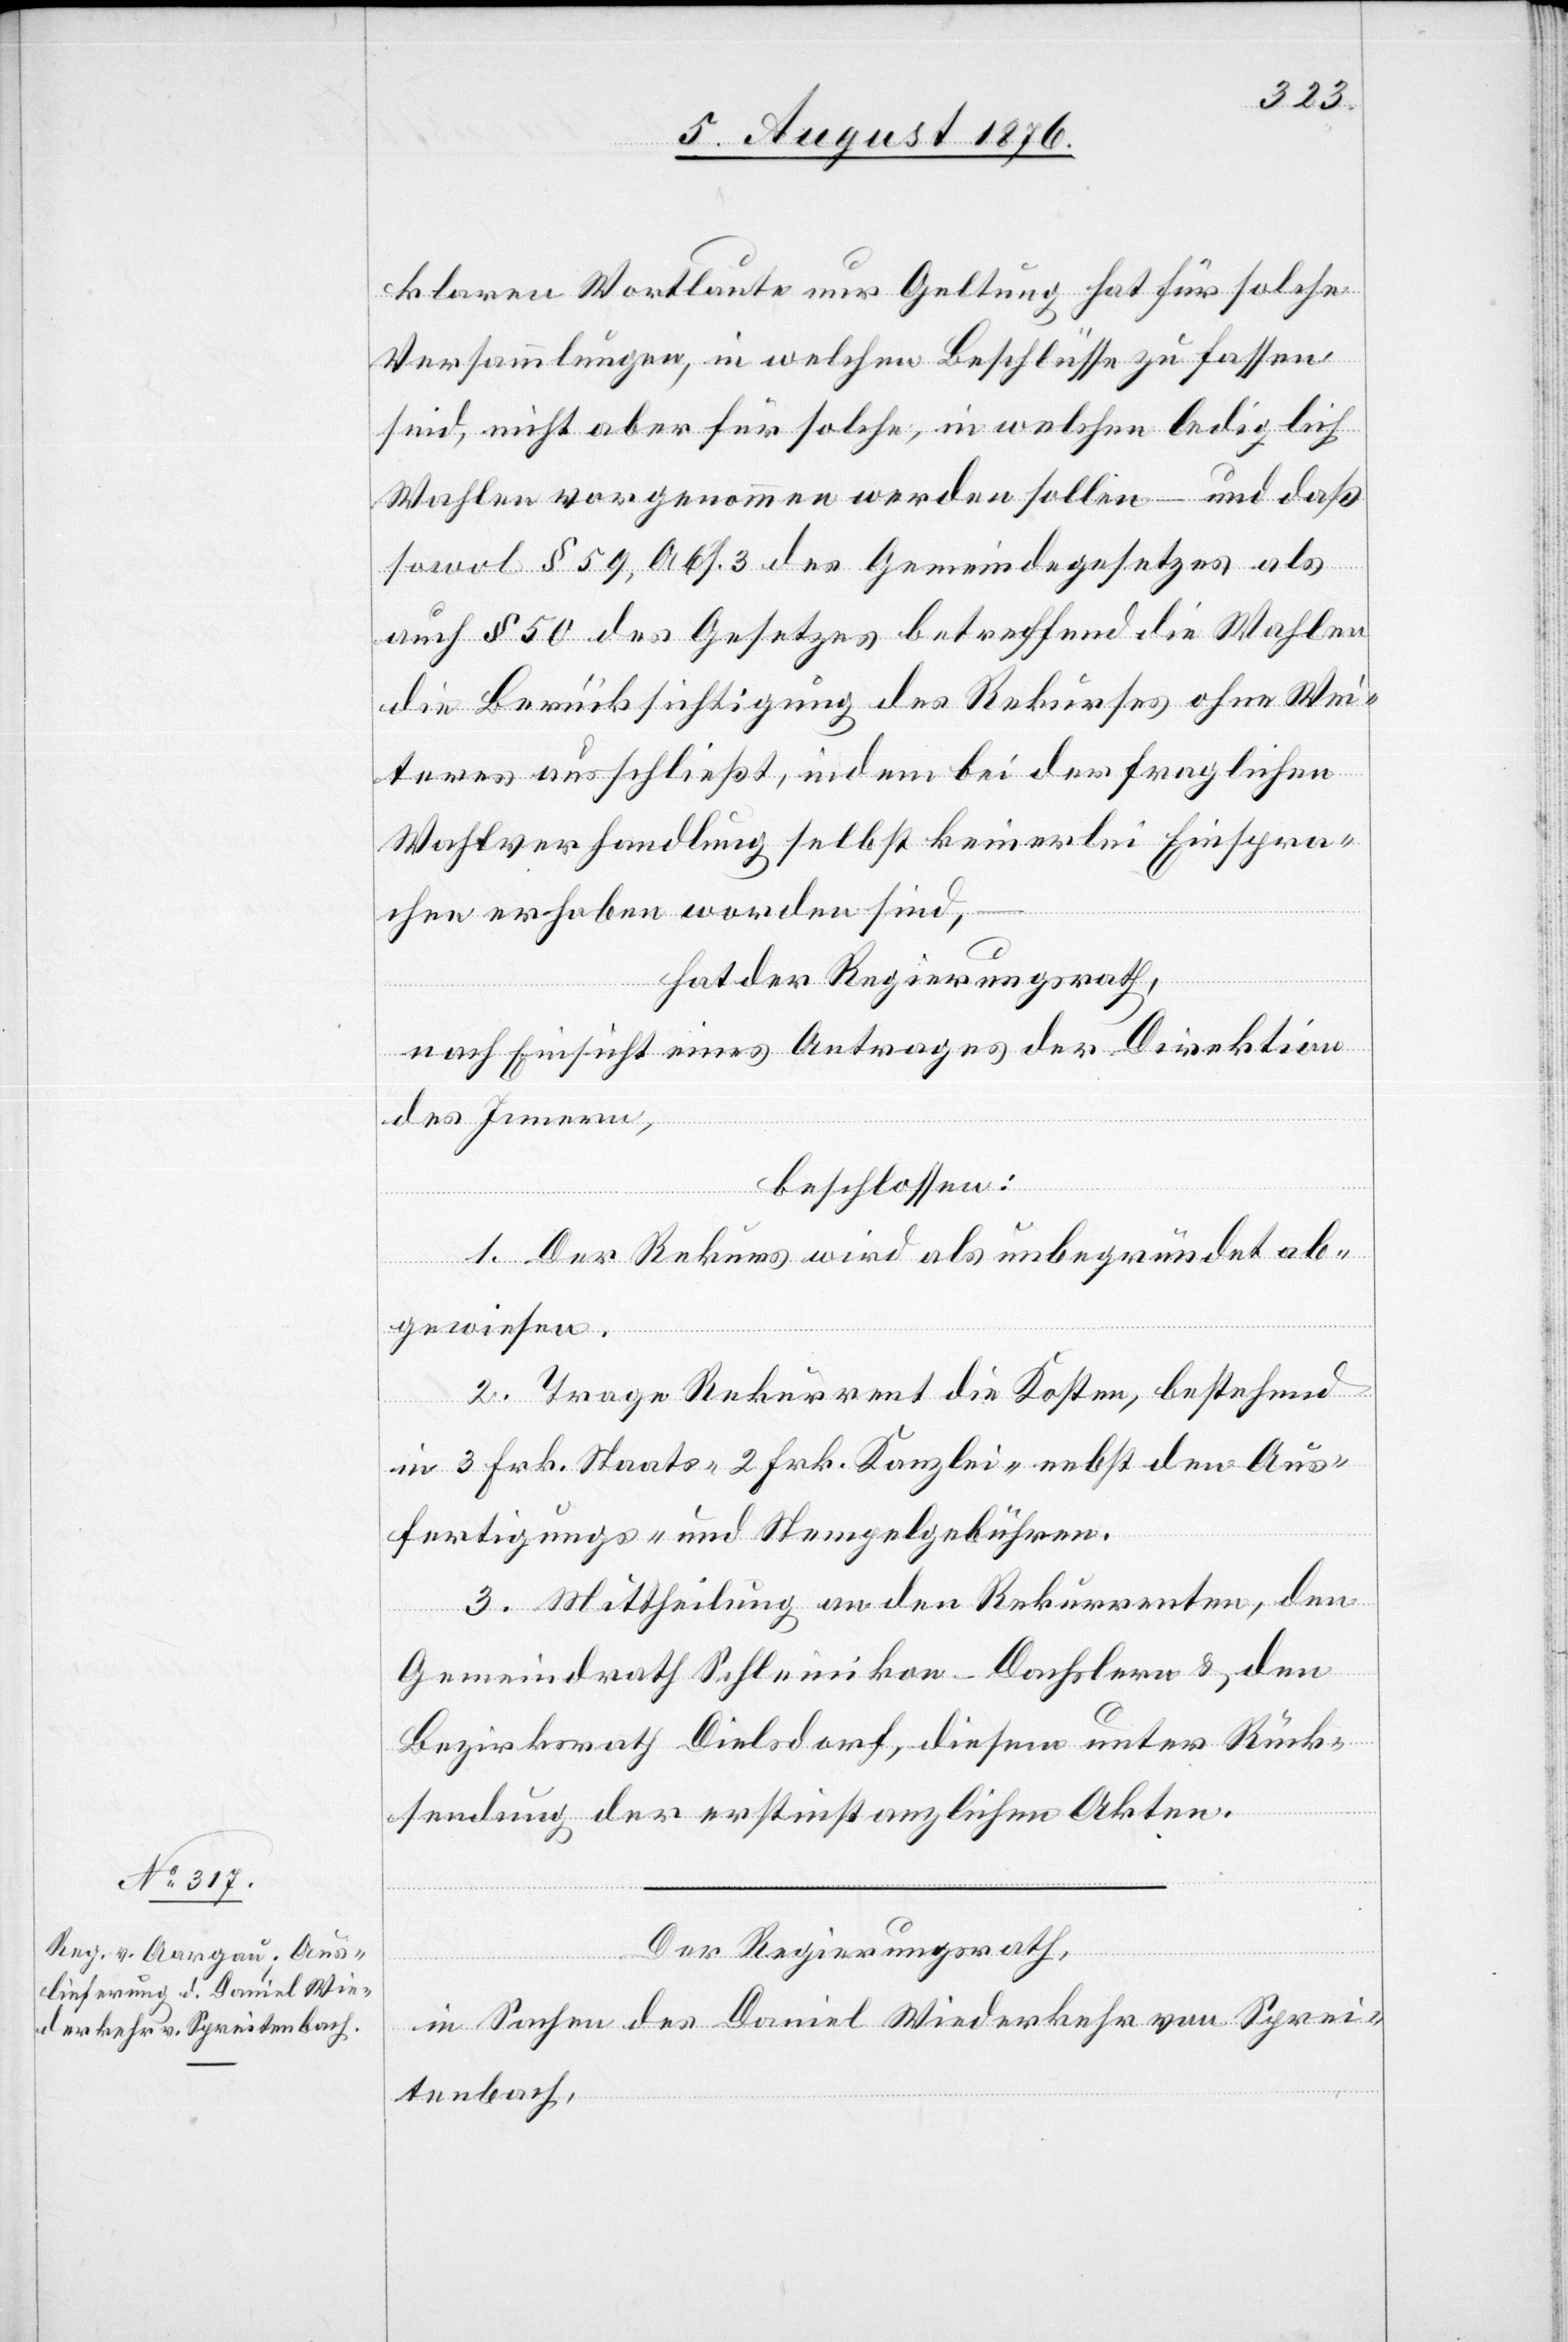
klaren Wortlaute nur Geltung aht für solche
Versammlungen, in welchen Beschlüsse zu fassen
sind, nicht aber für solche ,in welchen lediglich
Wahlen vorgenommen werden sollen – und daß
sowol § 59, Abs. 3 des Gemeindegesetzes als
auch § 50 des Gesetzes betreffend die Wahlen
die Berücksichtigung des Rekurses ohne Wei¬
teres ausschließt, indem bei der fraglichen
Wahlverhandlung selbst keinerlei Einspra¬
chen erhoben worden sind,
hat der Regierungsrath,
nach Einsicht eines Antrages der Direktion
des Innern,
beschlossen:
1. Der Rekurs wird als unbegründet ab¬
gewiesen.
2. Trage Rekurrent die Kosten, bestehend
in 3 Frk. Staats-[,] 2 Frk. Kanzlei- nebst den Aus¬
fertigungs- und Stempelgebühren.
3. Mittheilung an den Rekurrenten, den
Gemeindrath Schleinikon - Dachslern & den
Bezirksrath Dielsdorf, diesem unter Rück¬
sendung der erstinstanzlichen Akten.
Der Regierungsrath,
in Sachen des Daniel Wiederkehr von Sprei¬
tenbach,